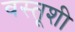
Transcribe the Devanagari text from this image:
वस्तूशी